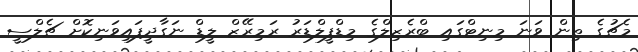
މެޗުގެ ތިން ވަނަ މިނިޓްގައި ބްރެޒިލްގެ މިޑްފީލްޑަރު ރަމިރޭޒް ލީޑް ނަގާދީފައިވަނިކޮށް ޗެލްސީ